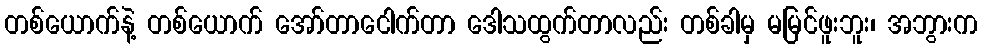
တစ်ယောက်နဲ့ တစ်ယောက် အော်တာငေါက်တာ ဒေါသထွက်တာလည်း တစ်ခါမှ မမြင်ဖူးဘူး၊ အဘွားက